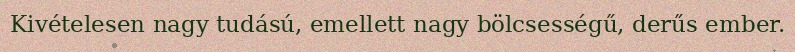
Kivételesen nagy tudású, emellett nagy bölcsességű, derűs ember.